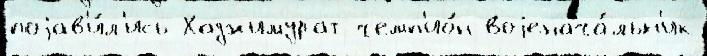
поjав'и́л'ись Хаджимурат чемп'ио́н воjенача́льн'ик